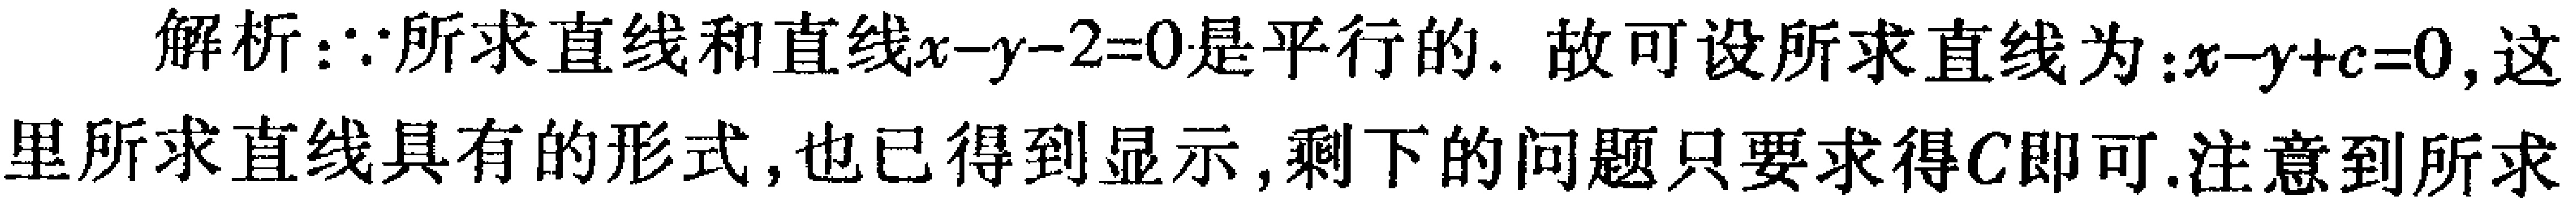
解析：$\because$所求直线和直线$x - y - 2 = 0$是平行的. 故可设所求直线为：$x - y + c = 0$, 这里所求直线具有的形式, 也已得到显示, 剩下的问题只要求得$c$即可.注意到所求